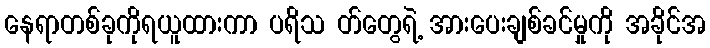
နေရာတစ်ခုကိုရယူထားကာ ပရိသ တ်တွေရဲ့ အားပေးချစ်ခင်မှုကို အခိုင်အ